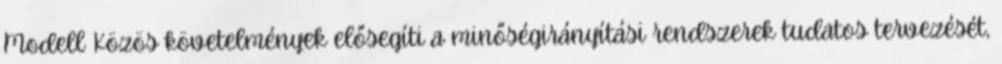
Modell Közös követelmények elősegíti a minőségirányítási rendszerek tudatos tervezését,